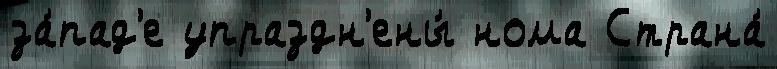
за́пад'е упраздн'ены́ нома Страна́